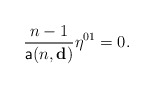
\begin{align*}\frac{n-1}{\mathsf{a}(n,\mathbf{d})}\eta^{01}=0.\end{align*}